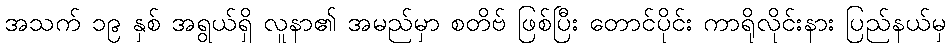
အသက် ၁၉ နှစ် အရွယ်ရှိ လူနာ၏ အမည်မှာ စတိဗ် ဖြစ်ပြီး တောင်ပိုင်း ကာရိုလိုင်းနား ပြည်နယ်မှ